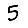
Digit: 5